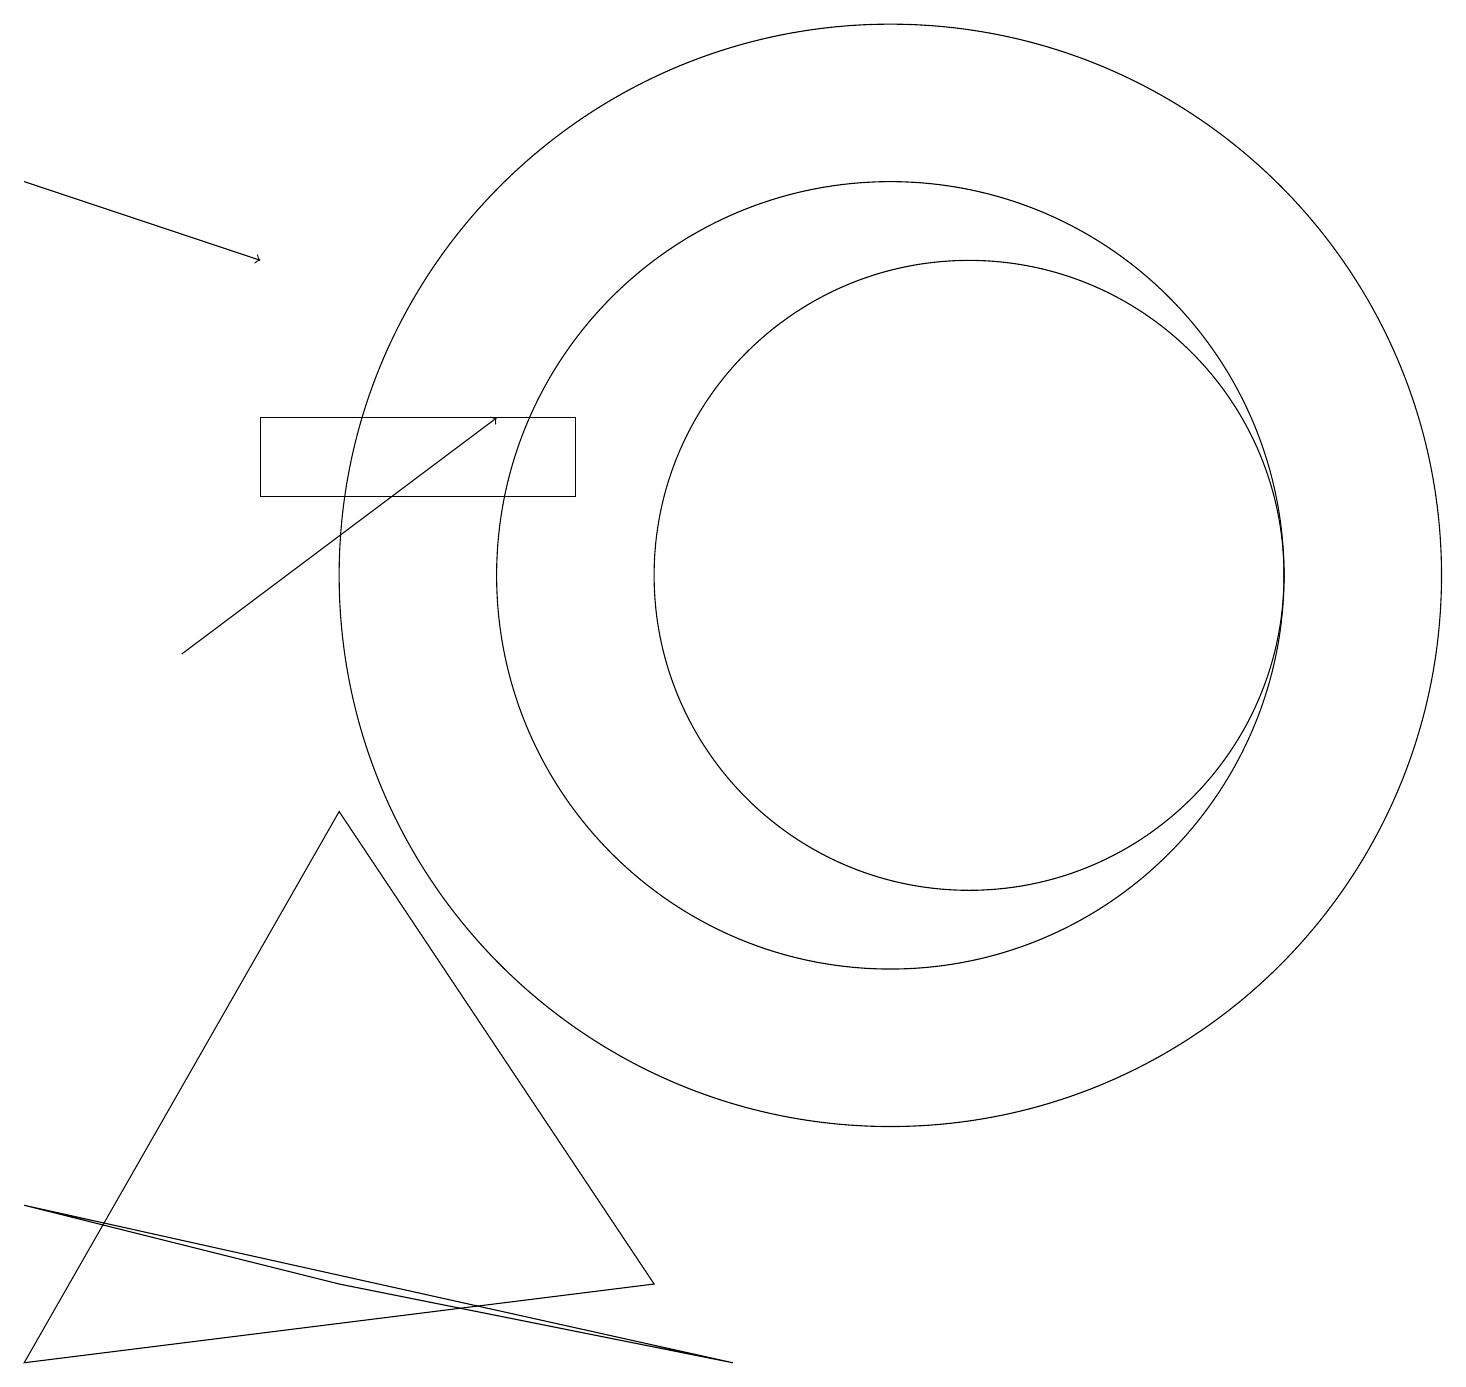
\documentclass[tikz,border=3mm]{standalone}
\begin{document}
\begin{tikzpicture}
\draw[->] (0,16) -- (3,15);
\draw (12,11) circle (4);
\draw[->] (2,10) -- (6,13);
\draw (9,1) -- (0,3) -- (4,2) -- cycle;
\draw (3,13) rectangle (7,12);
\draw (11,11) circle (7);
\draw (4,8) -- (0,1) -- (8,2) -- cycle;
\draw (11,11) circle (5);
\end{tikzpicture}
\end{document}